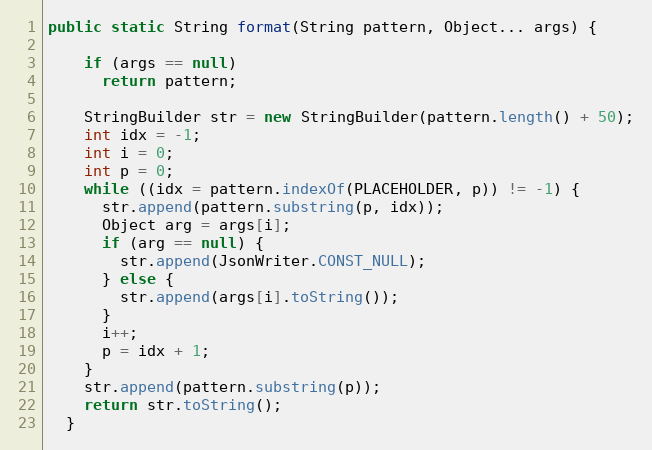
Language: Java
public static String format(String pattern, Object... args) {

    if (args == null)
      return pattern;

    StringBuilder str = new StringBuilder(pattern.length() + 50);
    int idx = -1;
    int i = 0;
    int p = 0;
    while ((idx = pattern.indexOf(PLACEHOLDER, p)) != -1) {
      str.append(pattern.substring(p, idx));
      Object arg = args[i];
      if (arg == null) {
        str.append(JsonWriter.CONST_NULL);
      } else {
        str.append(args[i].toString());
      }
      i++;
      p = idx + 1;
    }
    str.append(pattern.substring(p));
    return str.toString();
  }